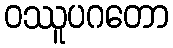
ဝဿူပဂတော